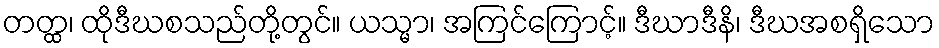
တတ္ထ၊ ထိုဒီဃစသည်တို့တွင်။ ယသ္မာ၊ အကြင်ကြောင့်။ ဒီဃာဒီနိ၊ ဒီဃအစရှိသော